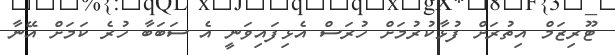
ޓޫރިޒަމް އިތުރަށް ފުޅާކުރުމަށް ހުރަސް އެޅިފައިވަނީ އެ ސަބަބާ ހުރެ ކަމަށް އޭނާ